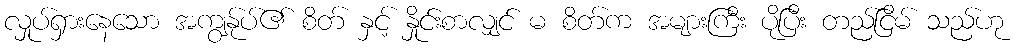
လှုပ်ရှားနေသော အကျွန်ုပ်၏ စိတ် နှင့် နှိုင်းစာလျှင် မ စိတ်က အများကြီး ပိုပြီး တည်ငြိမ် သည်ဟု